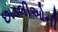
છાડલીઓની